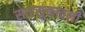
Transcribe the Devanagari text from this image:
सारसुक्तावली